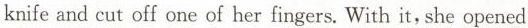
knife and cut off one of her fingers. With it, she opened